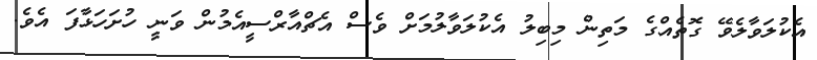
އެކުލަވާލެވޭ ގޮތެއްގެ މަތިން މިބިލު އެކުލަވާލުމަށް ވެސް އެޗްއާރްސީއެމުން ވަނީ ހުށަހަޅާފަ އެވެ.